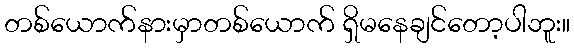
တစ်ယောက်နားမှာတစ်ယောက် ရှိမနေချင်တော့ပါဘူး။